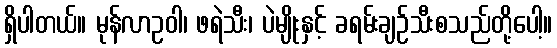
ရှိပါတယ်။ မုန်လာဥဝါ၊ ဖရဲသီး၊ ပဲမျိုးနှင့် ခရမ်းချဉ်သီးစသည်တို့ပေါ့။